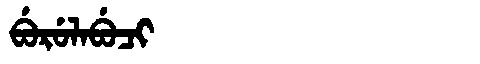
Manchu: ᠪᡠᡵᡠᠯᠠᠪᡠᠴᡳ
Romanization: BURULABUCI